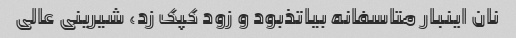
نان اینبار متاسفانه بیاتذبود و زود کپک زد، شیرینی عالی